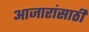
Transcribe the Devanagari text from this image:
अाजारांसाठी